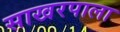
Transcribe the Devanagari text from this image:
साखरपाला